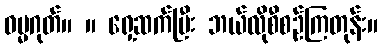
ဓမ္မဂုတ်။ ။ ရှေ့ဆက်ပြီး ဘယ်လိုစီစဉ်ကြတုန်း။